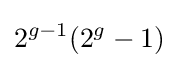
2^{g-1}(2^{g}-1)